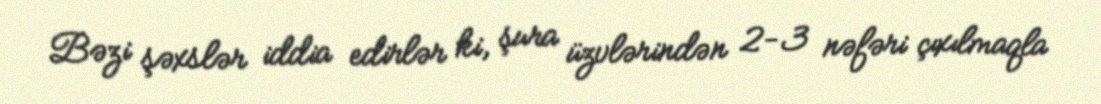
Bəzi şəxslər iddia edirlər ki, şura üzvlərindən 2-3 nəfəri çıxılmaqla